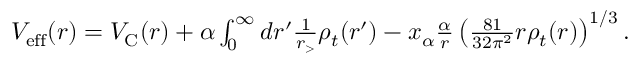
\begin{array} { r } { V _ { \mathrm { e f f } } ( r ) = V _ { \mathrm { C } } ( r ) + \alpha \int _ { 0 } ^ { \infty } d r ^ { \prime } \frac { 1 } { r _ { > } } \rho _ { t } ( r ^ { \prime } ) - x _ { \alpha } \frac { \alpha } { r } \left( \frac { 8 1 } { 3 2 \pi ^ { 2 } } r \rho _ { t } ( r ) \right) ^ { 1 / 3 } . } \end{array}